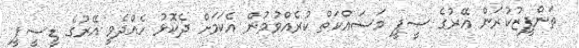
ތަންފީޒުކުރަން އޭރުގެ ސީޕީ މަސައްކަތް ކުރެއްވުމުން އެކަމަށް ދެކޮޅު ހެއްދެވީ އޭރުގެ ޑީސީޕީ